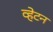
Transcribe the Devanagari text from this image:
व्हेटन